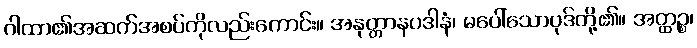
ဂါထာ၏အဆက်အစပ်ကိုလည်းကောင်း။ အနုတ္တာနပဒါနံ၊ မပေါ်သောပုဒ်တို့၏။ အတ္ထဉ္စ၊